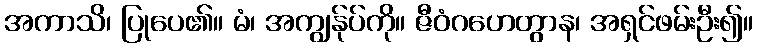
အကာသိ၊ ပြုပေ၏။ မံ၊ အကျွန်ုပ်ကို။ ဇီဝံဂဟေတွာန၊ အရှင်ဖမ်းဦး၍။